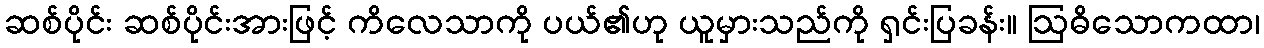
ဆစ်ပိုင်း ဆစ်ပိုင်းအားဖြင့် ကိလေသာကို ပယ်၏ဟု ယူမှားသည်ကို ရှင်းပြခန်း။ ဩဓိသောကထာ၊